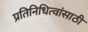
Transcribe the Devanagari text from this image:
प्रतिनिधित्वांसाठी